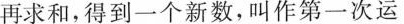
再求和，得到一个新数，叫作第一次运